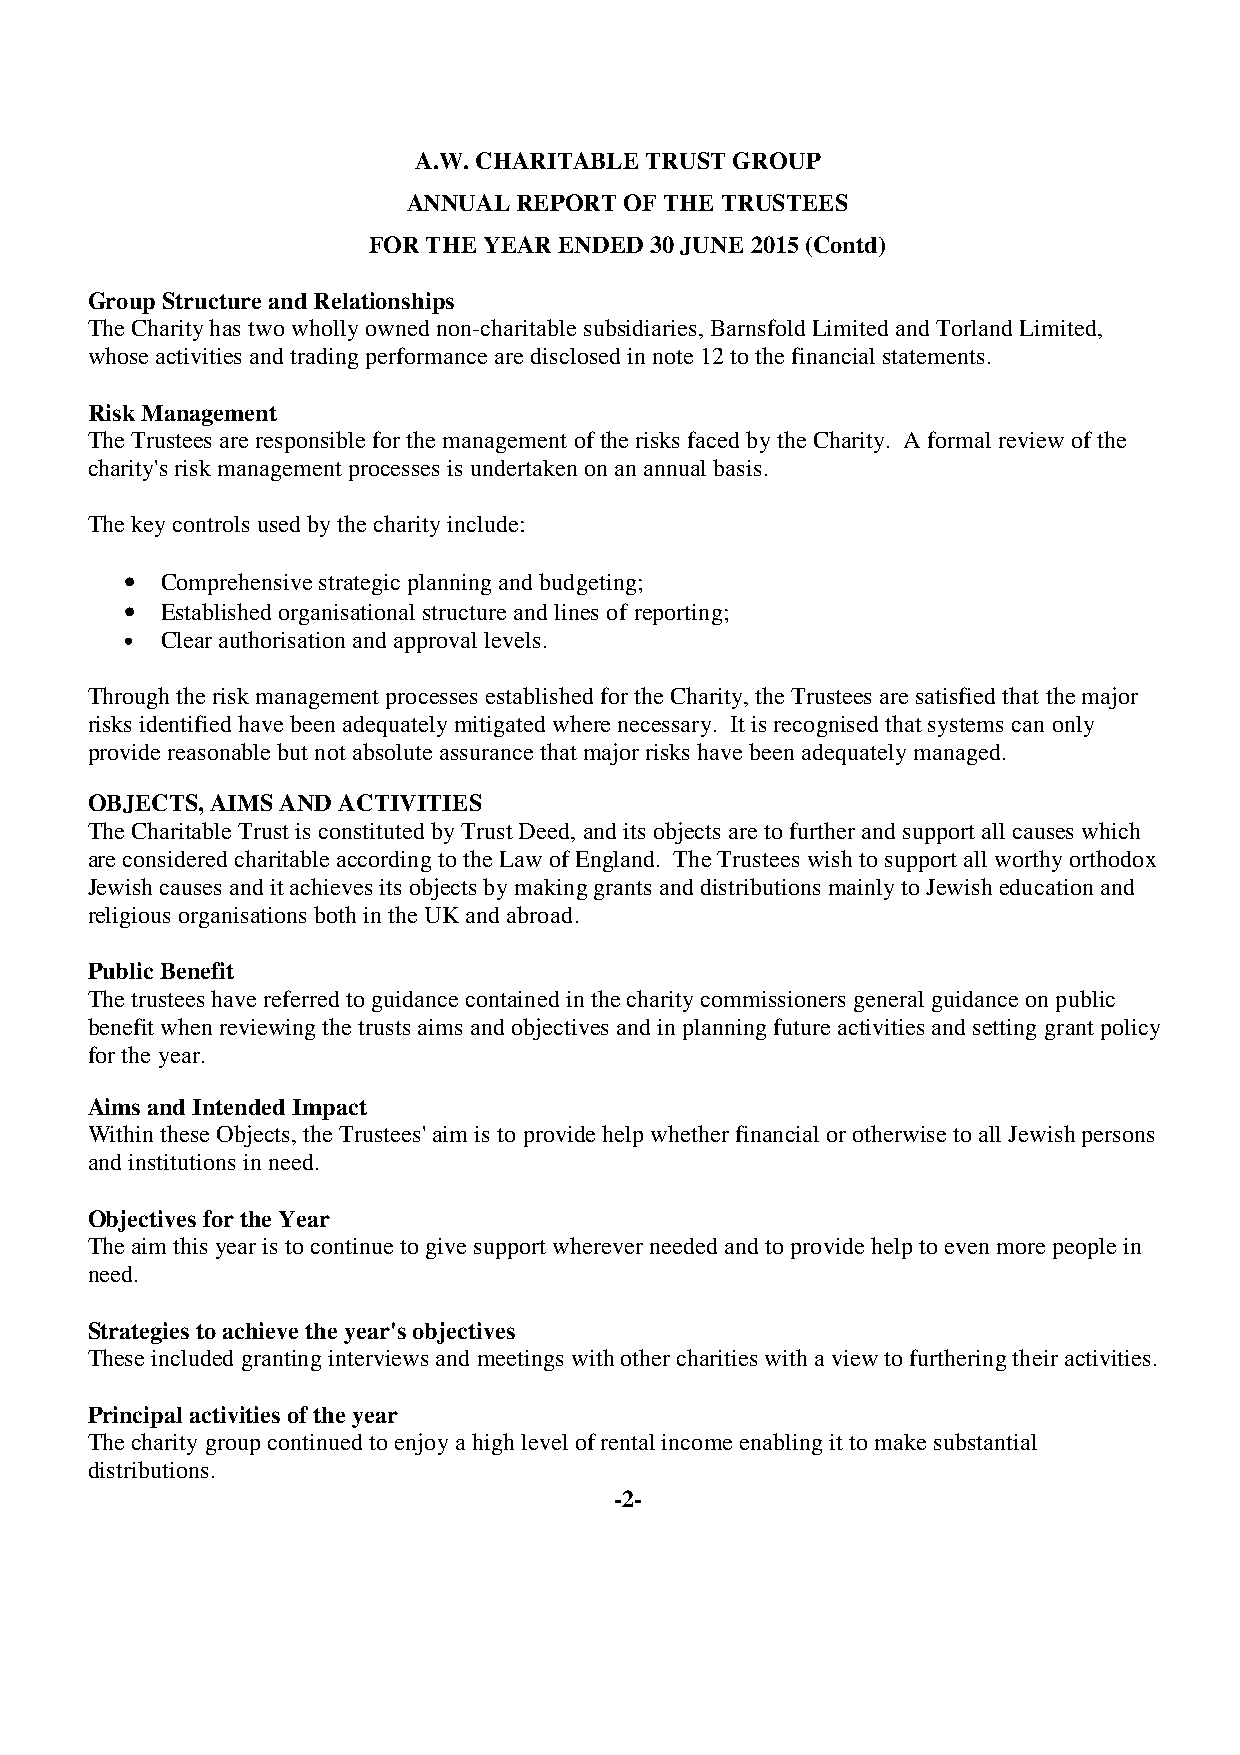
A.W. CHARITABLE TRUST GROUP
 ANNUAL REPORT OF THE TRUSTEES
 FOR THE YEAR ENDED 30 JUNE 2015 (Contd)
 Group Structure and Relationships
 The Charity has two wholly owned non-charitable subsidiaries, Barnsfold Limited and Torland Limited,
 whose activities and trading performance are disclosed in note 12 to the financial statements.
 Risk Management
 The Trustees are responsible for the management of the risks faced by the Charity. A formal review of the
 charity's risk management processes is undertaken on an annual basis.
 The key controls used by the charity include:
 •  Comprehensive strategic planning and budgeting;
 •  Established organisational structure and lines of reporting;
 •  Clear authorisation and approval levels.
 Through the risk management processes established for the Charity, the Trustees are satisfied that the major
 risks identified have been adequately mitigated where necessary. It is recognised that systems can only
 provide reasonable but not absolute assurance that major risks have been adequately managed.
 OBJECTS, AIMS AND ACTIVITIES
 The Charitable Trust is constituted by Trust Deed, and its objects are to further and support all causes which
 are considered charitable according to the Law of England. The Trustees wish to support all worthy orthodox
 Jewish causes and it achieves its objects by making grants and distributions mainly to Jewish education and
 religious organisations both in the UK and abroad.
 Public Benefit
 The trustees have referred to guidance contained in the charity commissioners general guidance on public
 benefit when reviewing the trusts aims and objectives and in planning future activities and setting grant policy
 for the year.
 Aims and Intended Impact
 Within these Objects, the Trustees' aim is to provide help whether financial or otherwise to all Jewish persons
 and institutions in need.
 Objectives for the Year
 The aim this year is to continue to give support wherever needed and to provide help to even more people in
 need.
 Strategies to achieve the year's objectives
 These included granting interviews and meetings with other charities with a view to furthering their activities.
 Principal activities of the year
 The charity group continued to enjoy a high level of rental income enabling it to make substantial
 distributions.
 -2-